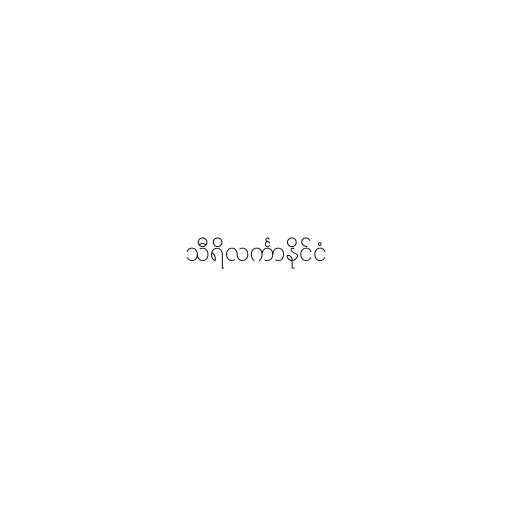
သီရိလင်္ကာနိုင်ငံ